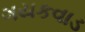
ગયકવાડ